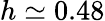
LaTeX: h\simeq 0.48